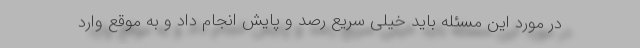
در مورد این مسئله باید خیلی سریع رصد و پایش انجام داد و به موقع وارد